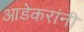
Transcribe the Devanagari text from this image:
आडेकरांनी